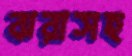
ঝরাসহ